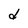
Character: d